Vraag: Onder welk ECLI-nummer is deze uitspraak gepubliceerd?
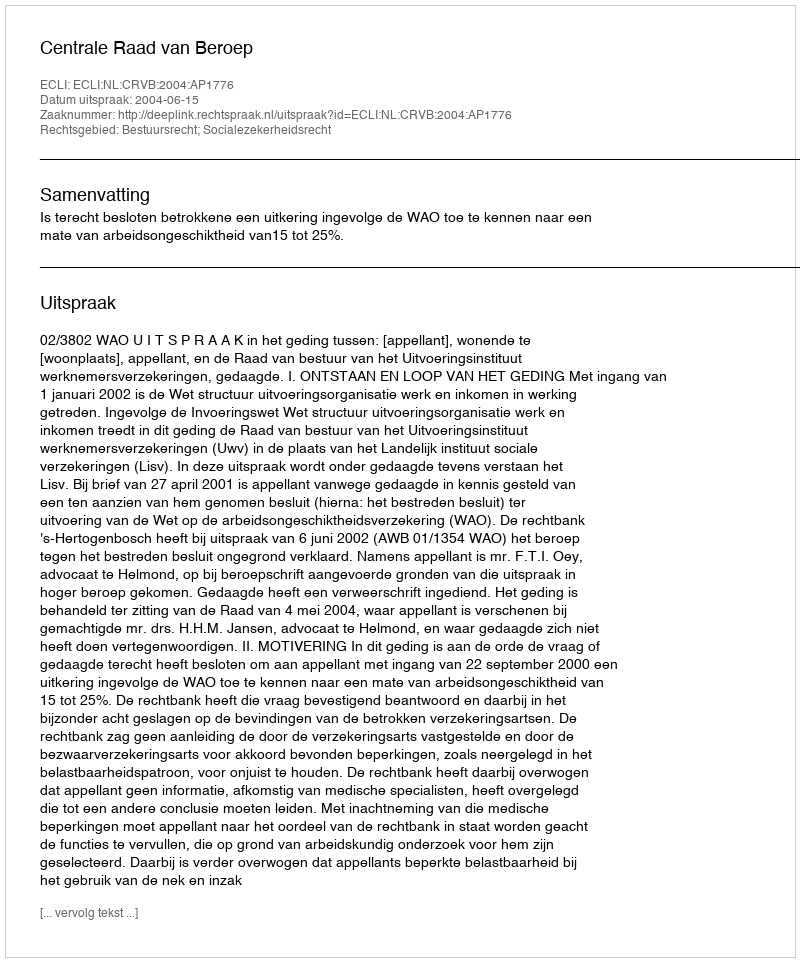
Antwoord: ECLI:NL:CRVB:2004:AP1776